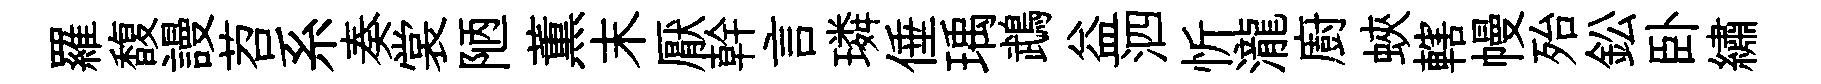
羅馥謾苕系奏裳陋薫末厭幹言璘倕瑀鵡益泗忻瀧廚蛺轄幔殆鈆卧繡